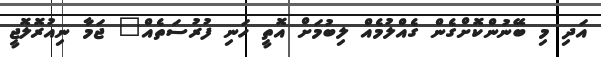
އަދި މި ބޭނުންކޮށްގެން ގެއްލުމެއް ލިބުމަށް އޮތީ ހަނި ފުރުސަތެއް" ޖަމާ ނިއުރޮލޮޖީ